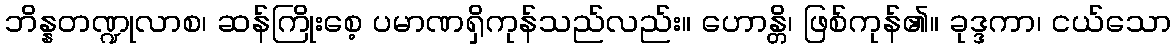
ဘိန္နတဏ္ဍုလာစ၊ ဆန်ကြိုးစေ့ ပမာဏရှိကုန်သည်လည်း။ ဟောန္တိ၊ ဖြစ်ကုန်၏။ ခုဒ္ဒကာ၊ ငယ်သော